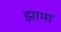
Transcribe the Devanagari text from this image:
झामा